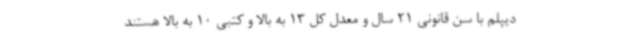
دیپلم با سن قانونی 21 سال و معدل کل 13 به بالا و کتبی 10 به بالا هستند